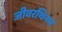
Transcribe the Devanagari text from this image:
जीवरथिनम